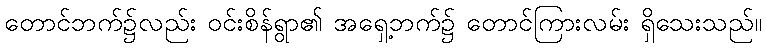
တောင်ဘက်၌လည်း ဝင်းစိန်ရွာ၏ အရှေ့ဘက်၌ တောင်ကြားလမ်း ရှိသေးသည်။